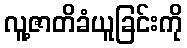
လူ့ဇာတိခံယူခြင်းကို